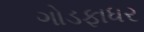
ગોડફાધર